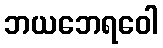
ဘယဘေရဝေါ